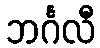
ဘင်္ဂလီ